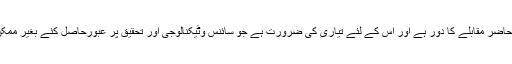
عصر حاضر مقابلے کا دور ہے اور اس کے لئے تیاری کی ضرورت ہے جو سائنس وٹیکنالوجی اور تحقیق پر عبورحاصل کئے بغیر ممکن نہیں۔